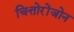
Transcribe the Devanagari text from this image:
चित्तोरोंजोन